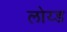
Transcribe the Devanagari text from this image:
लोय्ड